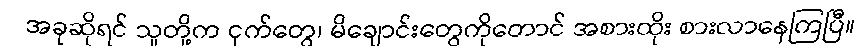
အခုဆိုရင် သူတို့က ငှက်တွေ၊ မိချောင်းတွေကိုတောင် အစားထိုး စားလာနေကြပြီ။